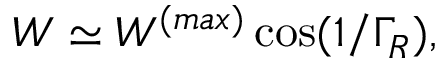
W \simeq W ^ { ( m a x ) } \cos ( 1 / \Gamma _ { R } ) ,